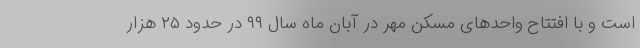
است و با افتتاح واحدهای مسکن مهر در آبان ماه سال ۹۹ در حدود ۲۵ هزار